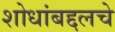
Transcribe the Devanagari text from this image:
शोधांबद्दलचे